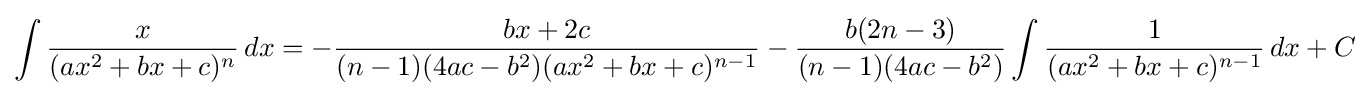
\int {\frac {x}{(ax^{2}+bx+c)^{n}}}\,dx=-{\frac {bx+2c}{(n-1)(4ac-b^{2})(ax^{2}+bx+c)^{n-1}}}-{\frac {b(2n-3)}{(n-1)(4ac-b^{2})}}\int {\frac {1}{(ax^{2}+bx+c)^{n-1}}}\,dx+C